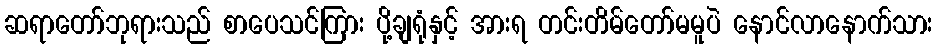
ဆရာတော်ဘုရားသည် စာပေသင်ကြား ပို့ချရုံနှင့် အားရ တင်းတိမ်တော်မမူပဲ နောင်လာနောက်သား